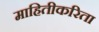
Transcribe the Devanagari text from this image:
माहितीकरिता